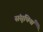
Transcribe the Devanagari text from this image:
संसूचियाँ